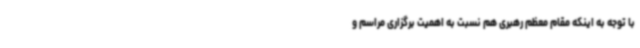
با توجه به اینکه مقام معظم رهبری هم نسبت به اهمیت برگزاری مراسم و